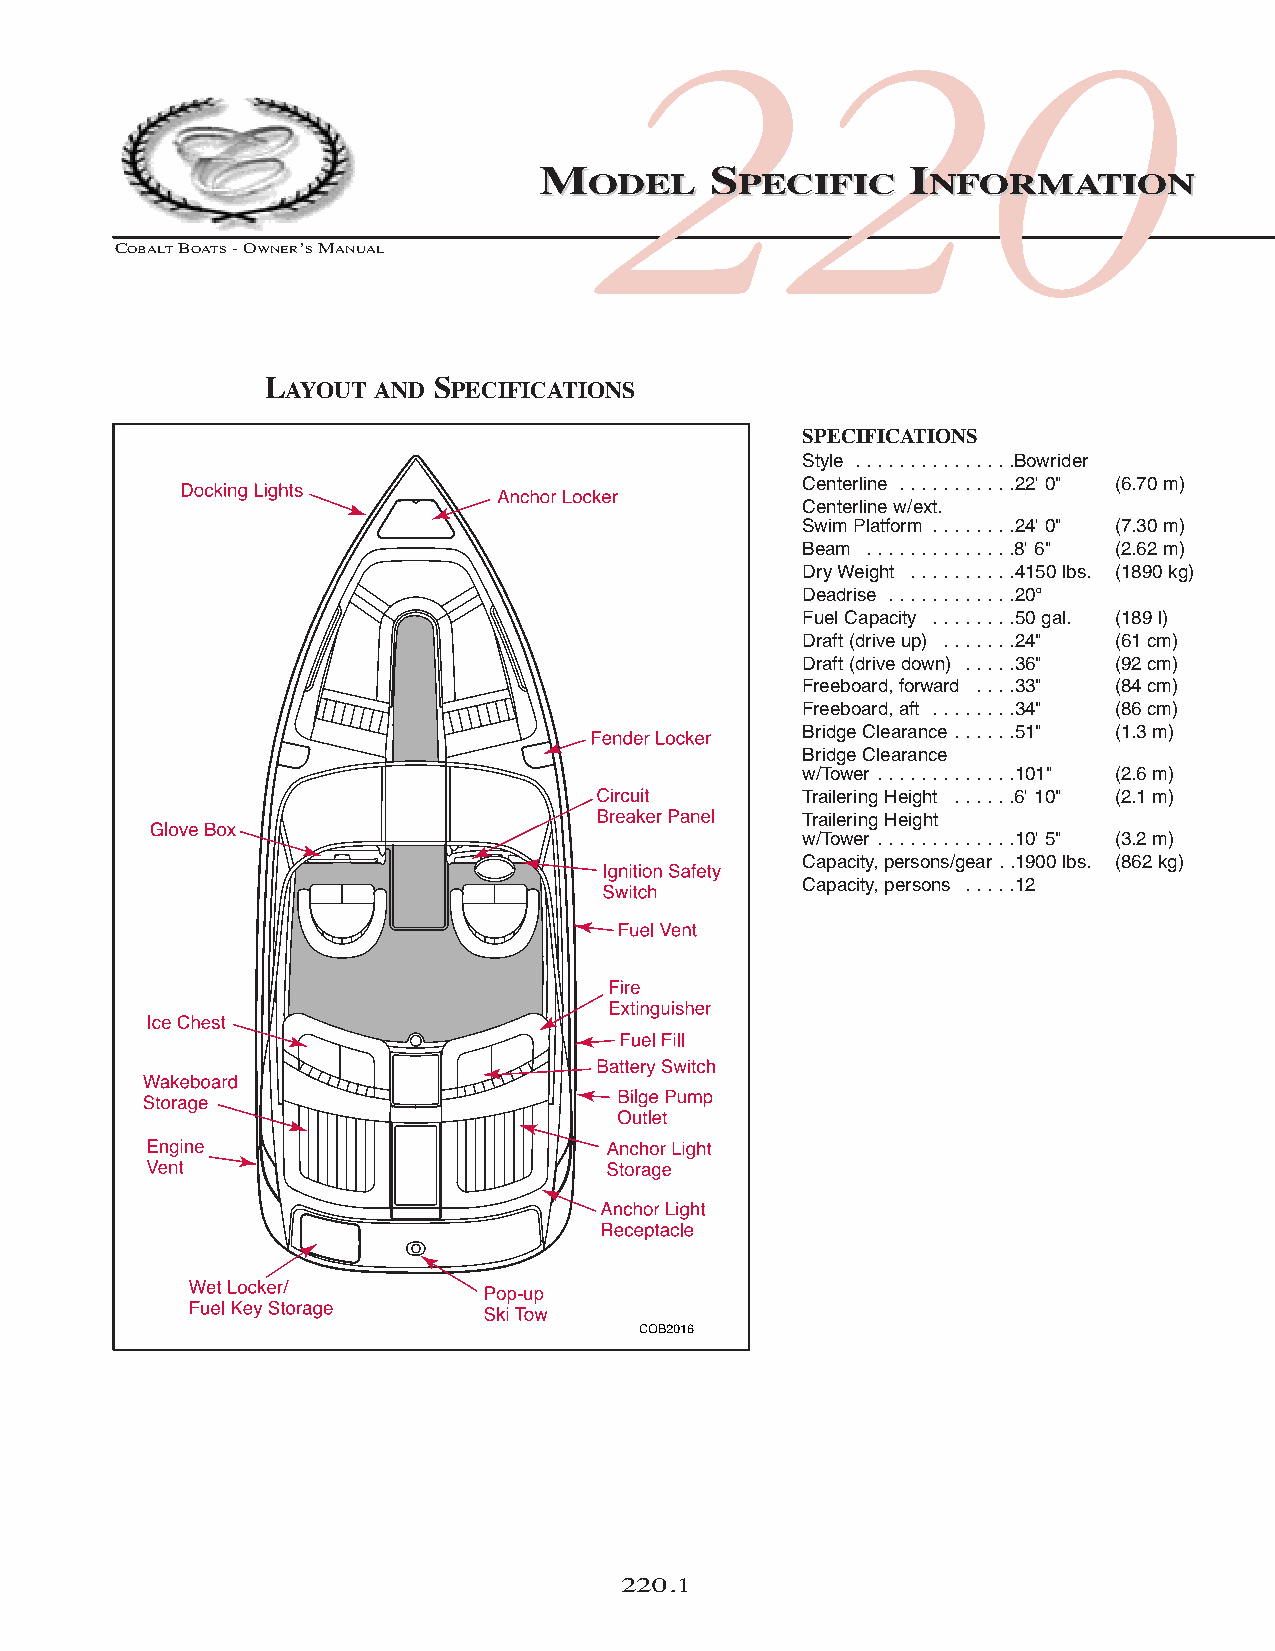
220
 MMOODDEELL SSPPEECCIIFFIICC IINNFFOORRMMAATTIIOONN
 COBALTBOATS- OWNER’SMANUAL
 LAYOUT AND SPECIFICATIONS
 SPECIFICATIONS
 Style . . . . . . . . . . . . . . .Bowrider
 Centerline . . . . . . . . . . .22' 0" (6.70 m)
 Centerline w/ext.
 Swim Platform . . . . . . . .24' 0" (7.30 m)
 Beam . . . . . . . . . . . . . .8' 6" (2.62 m)
 Dry Weight . . . . . . . . . .4150 lbs. (1890 kg)
 Deadrise . . . . . . . . . . . .20°
 Fuel Capacity . . . . . . . .50 gal. (189 l)
 Draft (drive up) . . . . . . .24" (61 cm)
 Draft (drive down) . . . . .36" (92 cm)
 Freeboard, forward . . . .33" (84 cm)
 Freeboard, aft . . . . . . . .34" (86 cm)
 Bridge Clearance . . . . . .51" (1.3 m)
 Bridge Clearance
 w/Tower . . . . . . . . . . . . .101" (2.6 m)
 Trailering Height . . . . . .6' 10" (2.1 m)
 Trailering Height
 w/Tower . . . . . . . . . . . . .10' 5" (3.2 m)
 Capacity, persons/gear . .1900 lbs. (862 kg)
 Capacity, persons . . . . .12
 220.1